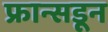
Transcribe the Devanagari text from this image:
फ्रान्सडून